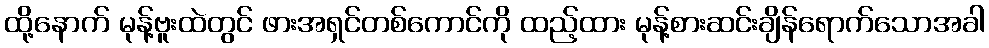
ထို့နောက် မုန့်ဗူးထဲတွင် ဖားအရှင်တစ်ကောင်ကို ထည့်ထား မုန့်စားဆင်းချိန်ရောက်သောအခါ